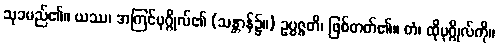
သုခမည်၏။ ယဿ၊ အကြင်ပုဂ္ဂိုလ်၏ (သန္တာန်၌။) ဥပ္ပဇ္ဇတိ၊ ဖြစ်တတ်၏။ တံ၊ ထိုပုဂ္ဂိုလ်ကို။